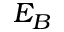
E _ { B }